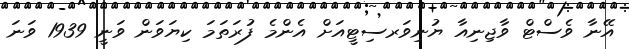
އޭނާ ވެސްޓް ވާޖިނިއާ ޔުނިވަރސިޓީއަށް އެންމެ ފުރަތަމަ ކިޔަވަން ވަނީ 1939 ވަނަ